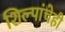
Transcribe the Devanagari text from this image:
शिल्पांचेही